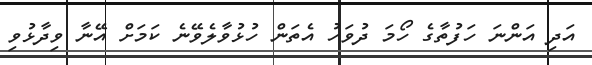
އަދި އަންނަ ހަފުތާގެ ހޯމަ ދުވަހު އެތަން ހުޅުވާލެވޭނެ ކަމަށް އޭނާ ވިދާޅުވި